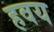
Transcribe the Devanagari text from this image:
हवय